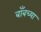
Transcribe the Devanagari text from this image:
बाँबच्या